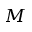
M